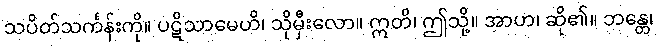
သပိတ်သင်္ကန်းကို။ ပဋိသာမေဟိ၊ သိုမှီးလော။ ဣတိ၊ ဤသို့။ အာဟ၊ ဆို၏။ ဘန္တေ၊